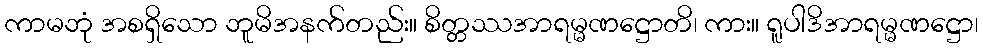
ကာမဘုံ အစရှိသော ဘူမိအနက်တည်း။ စိတ္တဿအာရမ္မဏဋ္ဌောတိ၊ ကား။ ရူပါဒိအာရမ္မဏဋ္ဌော၊